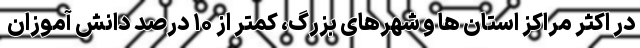
در اکثر مراکز استان ها و شهرهای بزرگ، کمتر از ۱۰ درصد دانش آموزان